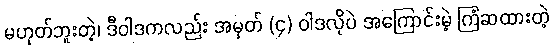
မဟုတ်ဘူးတဲ့၊ ဒီဝါဒကလည်း အမှတ် (၄) ဝါဒလိုပဲ အကြောင်းမဲ့ ကြံဆထားတဲ့